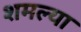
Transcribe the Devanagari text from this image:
शमल्या